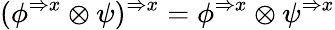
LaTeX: (\phi^{\Rightarrow x}\otimes\psi)^{\Rightarrow x}=\phi^{\Rightarrow x}\otimes\psi^{\Rightarrow x}